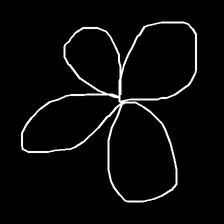
Glyph: billowing